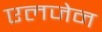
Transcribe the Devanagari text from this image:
एलजेन